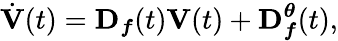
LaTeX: \dot{\mathbf{V}}(t)=\mathbf{D}_{\boldsymbol{f}}(t)\mathbf{V}(t)+\mathbf{D}_{\boldsymbol{f}}^{\boldsymbol{\theta}}(t),